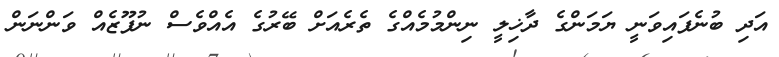
އަދި ބުނެފައިވަނީ ޔަމަންގެ ދާޚިލީ ނިންމުމެއްގެ ތެރެއަށް ބޭރުގެ އެއްވެސް ނުފޫޒެއް ވަންނަން